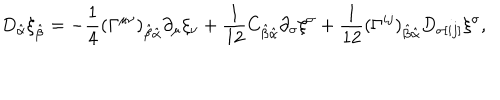
D _ { \hat { \alpha } } \xi _ { \hat { \beta } } = - { \frac { 1 } { 4 } } ( \Gamma ^ { \mu \nu } ) _ { \hat { \beta } \hat { \alpha } } \partial _ { \mu } \xi _ { \nu } + { \frac { 1 } { 1 2 } } C _ { \hat { \beta } \hat { \alpha } } \partial _ { \sigma } \xi ^ { \sigma } + { \frac { 1 } { 1 2 } } ( \Gamma ^ { i j } ) _ { \hat { \beta } \hat { \alpha } } D _ { \sigma [ i j ] } \xi ^ { \sigma } ,